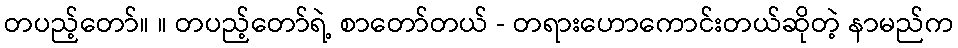
တပည့်တော်။ ။ တပည့်တော်ရဲ့ စာတော်တယ် - တရားဟောကောင်းတယ်ဆိုတဲ့ နာမည်က